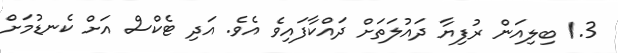
1.3 ބިލިއަން ރުފިޔާ ދައުލަތަށް ދައްކާފައިވެ އެވެ. އަދި ޓެކްސް އަށް ކެނޑުމަށް